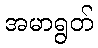
အမာရွတ်